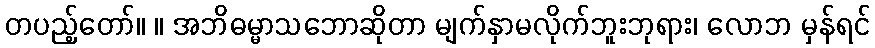
တပည့်တော်။ ။ အဘိဓမ္မာသဘောဆိုတာ မျက်နှာမလိုက်ဘူးဘုရား၊ လောဘ မှန်ရင်